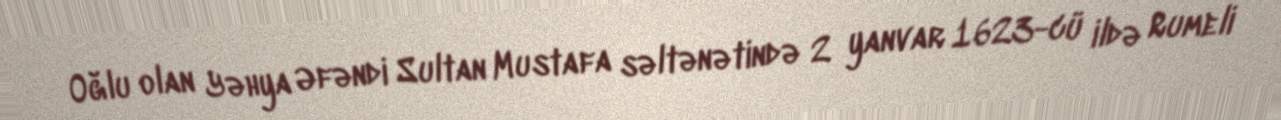
Oğlu olan Yəhya Əfəndi Sultan Mustafa səltənətində 2 yanvar 1623-cü ildə Rumeli